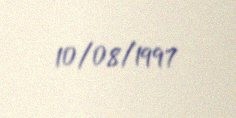
10/08/1997